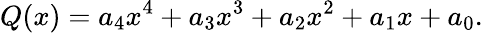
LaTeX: Q(x)=a_{4}x^{4}+a_{3}x^{3}+a_{2}x^{2}+a_{1}x+a_{0}.